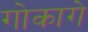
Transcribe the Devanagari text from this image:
गोकागे